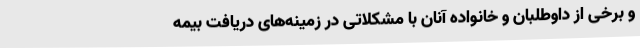
و برخی از داوطلبان و خانواده آنان با مشکلاتی در زمینه‌های دریافت بیمه